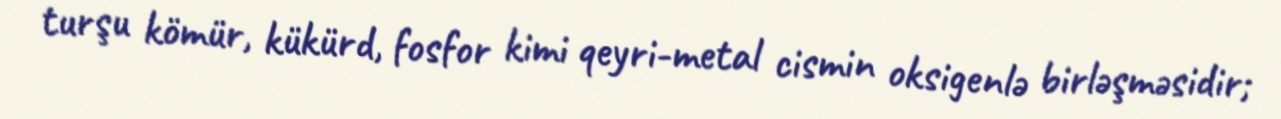
turşu kömür, kükürd, fosfor kimi qeyri-metal cismin oksigenlə birləşməsidir;